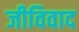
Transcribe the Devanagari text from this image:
जीविवाद